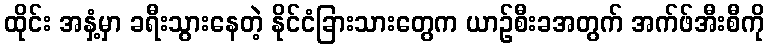
ထိုင်း အနှံ့မှာ ခရီးသွားနေတဲ့ နိုင်ငံခြားသားတွေက ယာဉ်စီးခအတွက် အက်ဖ်အီးစီကို